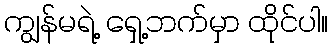
ကျွန်မရဲ့ ရှေ့ဘက်မှာ ထိုင်ပါ။